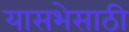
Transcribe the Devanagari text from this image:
यासभेसाठी